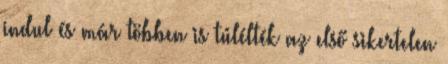
indul és már többen is túlélték az első sikertelen